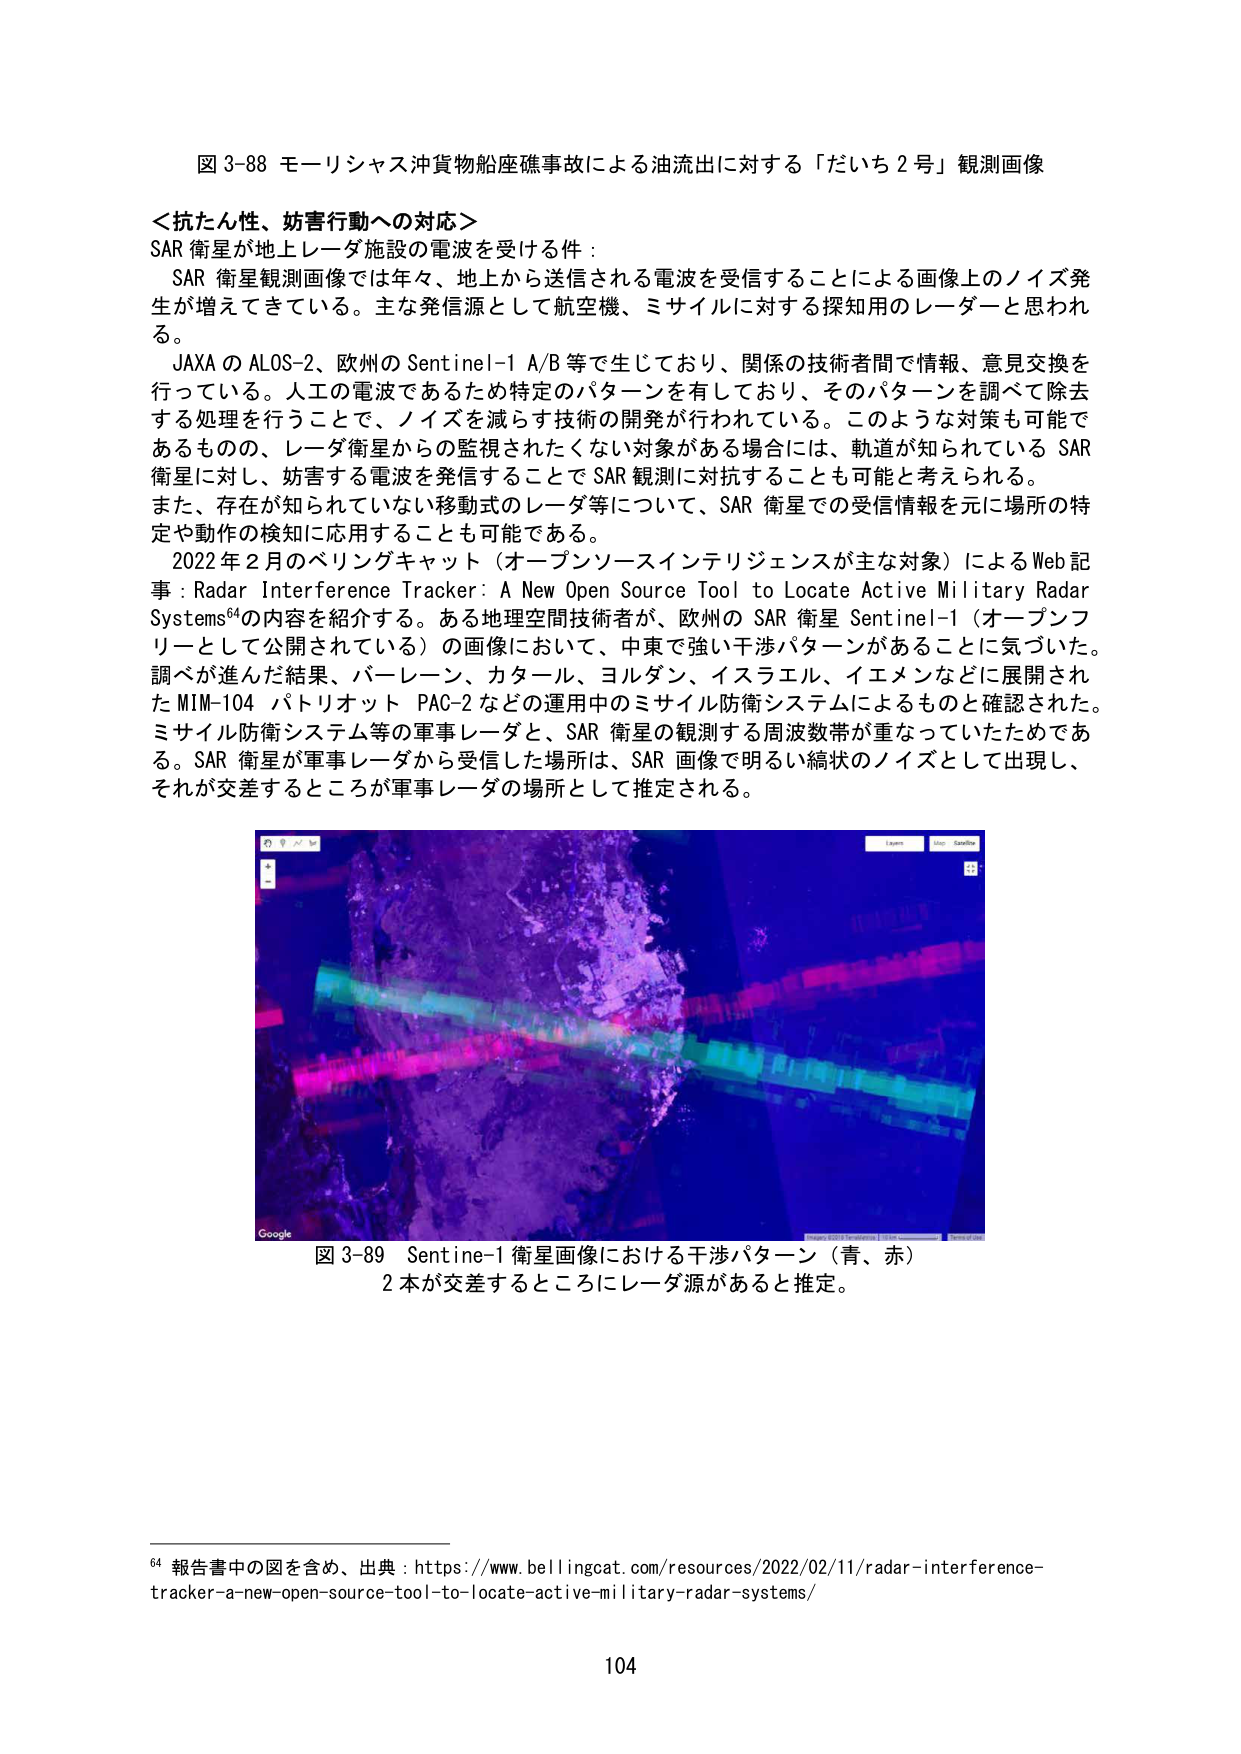
図 3-88 モーリシャス沖貨物船座礁事故による油流出に対する「だいち 2 号」観測画像

＜抗たん性、妨害行動への対応＞
SAR 衛星が地上レーダ施設の電波を受ける件：
　SAR 衛星観測画像では年々、地上から送信される電波を受信することによる画像上のノイズ発生が増えてきている。主な発信源として航空機、ミサイルに対する探知用のレーダーと思われる。
　JAXA の ALOS-2、欧州の Sentinel-1 A/B 等で生じており、関係の技術者間で情報、意見交換を行っている。人工の電波であるため特定のパターンを有しており、そのパターンを調べて除去する処理を行うことで、ノイズを減らす技術の開発が行われている。このような対策も可能であるものの、レーダ衛星からの監視されたくない対象がある場合には、軌道が知られている SAR 衛星に対し、妨害する電波を発信することで SAR 観測に対抗することも可能と考えられる。
　また、存在が知られていない発動式のレーダ等について、SAR 衛星での受信情報を元に場所の特定や動作の検知に応用することも可能である。
　2022 年 2 月のベリングキャット（オープンソースインテリジェンスが主な対象）による Web 記事：Radar Interference Tracker: A New Open Source Tool to Locate Active Military Radar Systems⁶⁴の内容を紹介する。ある地理空間技術者が、欧州の SAR 衛星 Sentinel-1（オープンフリーとして公開されている）の画像において、中東で強い干渉パターンがあることに気づいた。調べが進んだ結果、バーレーン、カタール、ヨルダン、イスラエル、イエメンなどに展開された MIM-104 パトリオット PAC-2 などの運用中のミサイル防衛システムによるものと確認された。ミサイル防衛システム等の軍事レーダと、SAR 衛星の観測する周波数帯が重なっていたためである。SAR 衛星が軍事レーダから受信した場所は、SAR 画像で明るい縞状のノイズとして出現し、それが交差するところが軍事レーダの場所として推定される。

図 3-89 Sentine-1 衛星画像における干渉パターン（青、赤）2 本が交差するところにレーダ源があると推定。

⁶⁴ 報告書中の図を含め、出典：https://www.bellingcat.com/resources/2022/02/11/radar-interference-tracker-a-new-open-source-tool-to-locate-active-military-radar-systems/

104